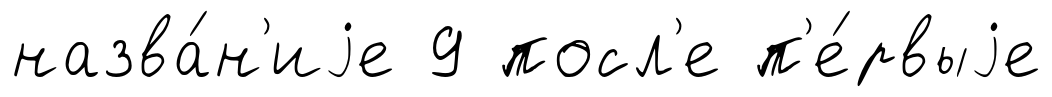
назва́н'иjе 9 посл'е п'е́рвыjе